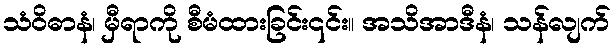
သံဝိဓာနံ၊ မှီရာကို စီမံထားခြင်း၎င်း။ အသိအာဒီနံ၊ သန်လျက်